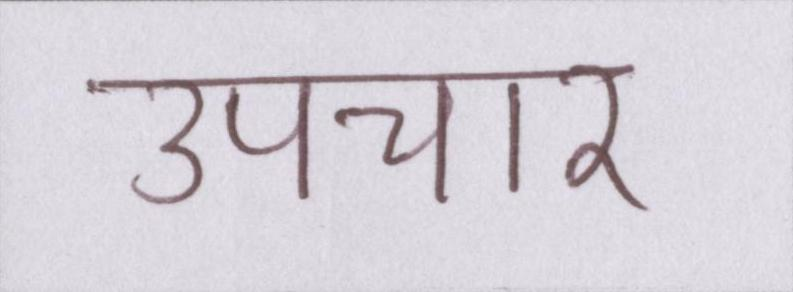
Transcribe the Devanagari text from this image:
उपचार